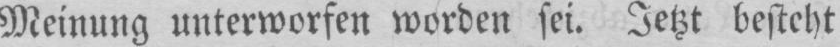
Meinung unterworfen worden sei. Jetzt besteht